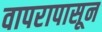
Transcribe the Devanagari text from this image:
वापरापासून